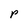
Character: P